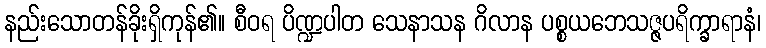
နည်းသောတန်ခိုးရှိကုန်၏။ စီဝရ ပိဏ္ဍပါတ သေနာသန ဂိလာန ပစ္စယဘေသဇ္ဇပရိက္ခာရာနံ၊